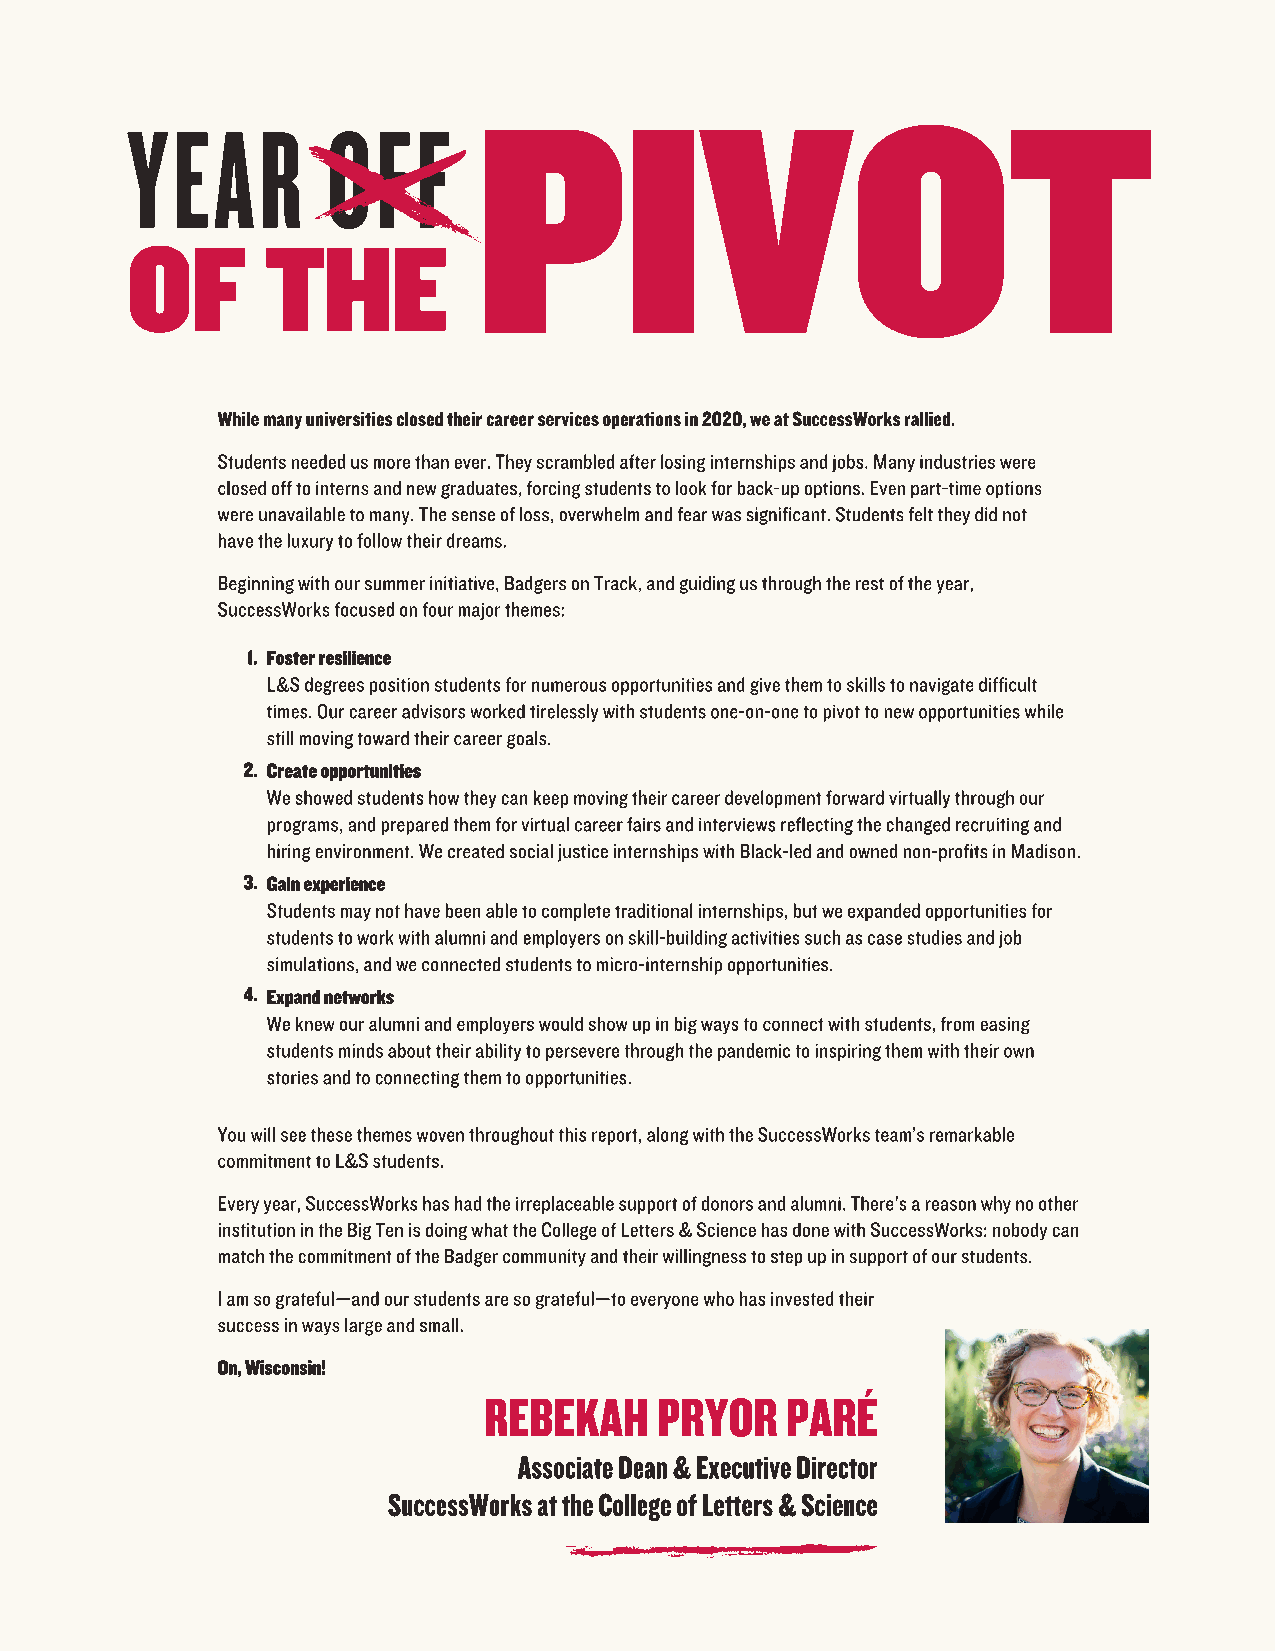
PIVOT
 YEAR          OFF
 OF        THE
 While many universities closed their career services operations in 2020, we at SuccessWorks rallied.
 Students needed us more than ever. They scrambled after losing internships and jobs. Many industries were
 closed off to interns and new graduates, forcing students to look for back-up options. Even part-time options
 were unavailable to many. The sense of loss, overwhelm and fear was significant. Students felt they did not
 have the luxury to follow their dreams.
 Beginning with our summer initiative, Badgers on Track, and guiding us through the rest of the year,
 SuccessWorks focused on four major themes:
 1. Foster resilience
 L&S degrees position students for numerous opportunities and give them to skills to navigate difficult
 times. Our career advisors worked tirelessly with students one-on-one to pivot to new opportunities while
 still moving toward their career goals.
 2. Create opportunities
 We showed students how they can keep moving their career development forward virtually through our
 programs, and prepared them for virtual career fairs and interviews reflecting the changed recruiting and
 hiring environment. We created social justice internships with Black-led and owned non-profits in Madison.
 3. Gain experience
 Students may not have been able to complete traditional internships, but we expanded opportunities for
 students to work with alumni and employers on skill-building activities such as case studies and job
 simulations, and we connected students to micro-internship opportunities.
 4. Expand networks
 We knew our alumni and employers would show up in big ways to connect with students, from easing
 students minds about their ability to persevere through the pandemic to inspiring them with their own
 stories and to connecting them to opportunities.
 You will see these themes woven throughout this report, along with the SuccessWorks team’s remarkable
 commitment to L&S students.
 Every year, SuccessWorks has had the irreplaceable support of donors and alumni. There's a reason why no other
 institution in the Big Ten is doing what the College of Letters & Science has done with SuccessWorks: nobody can
 match the commitment of the Badger community and their willingness to step up in support of our students.
 I am so grateful—and our students are so grateful—to everyone who has invested their
 success in ways large and small.
 On, Wisconsin!
 REBEKAH     PRYOR   PARÉ
 Associate Dean & Executive Director
 SuccessWorks at the College of Letters & Science